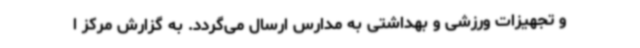
و تجهیزات ورزشی و بهداشتی به مدارس ارسال می‌گردد. به گزارش مرکز ا